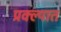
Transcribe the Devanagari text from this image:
प्रक्ल्पात